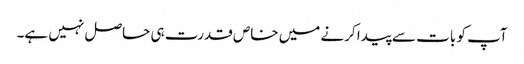
آپ کو بات سے پیدا کرنے میں خاص قدرت ہی حاصل نہیں ہے۔